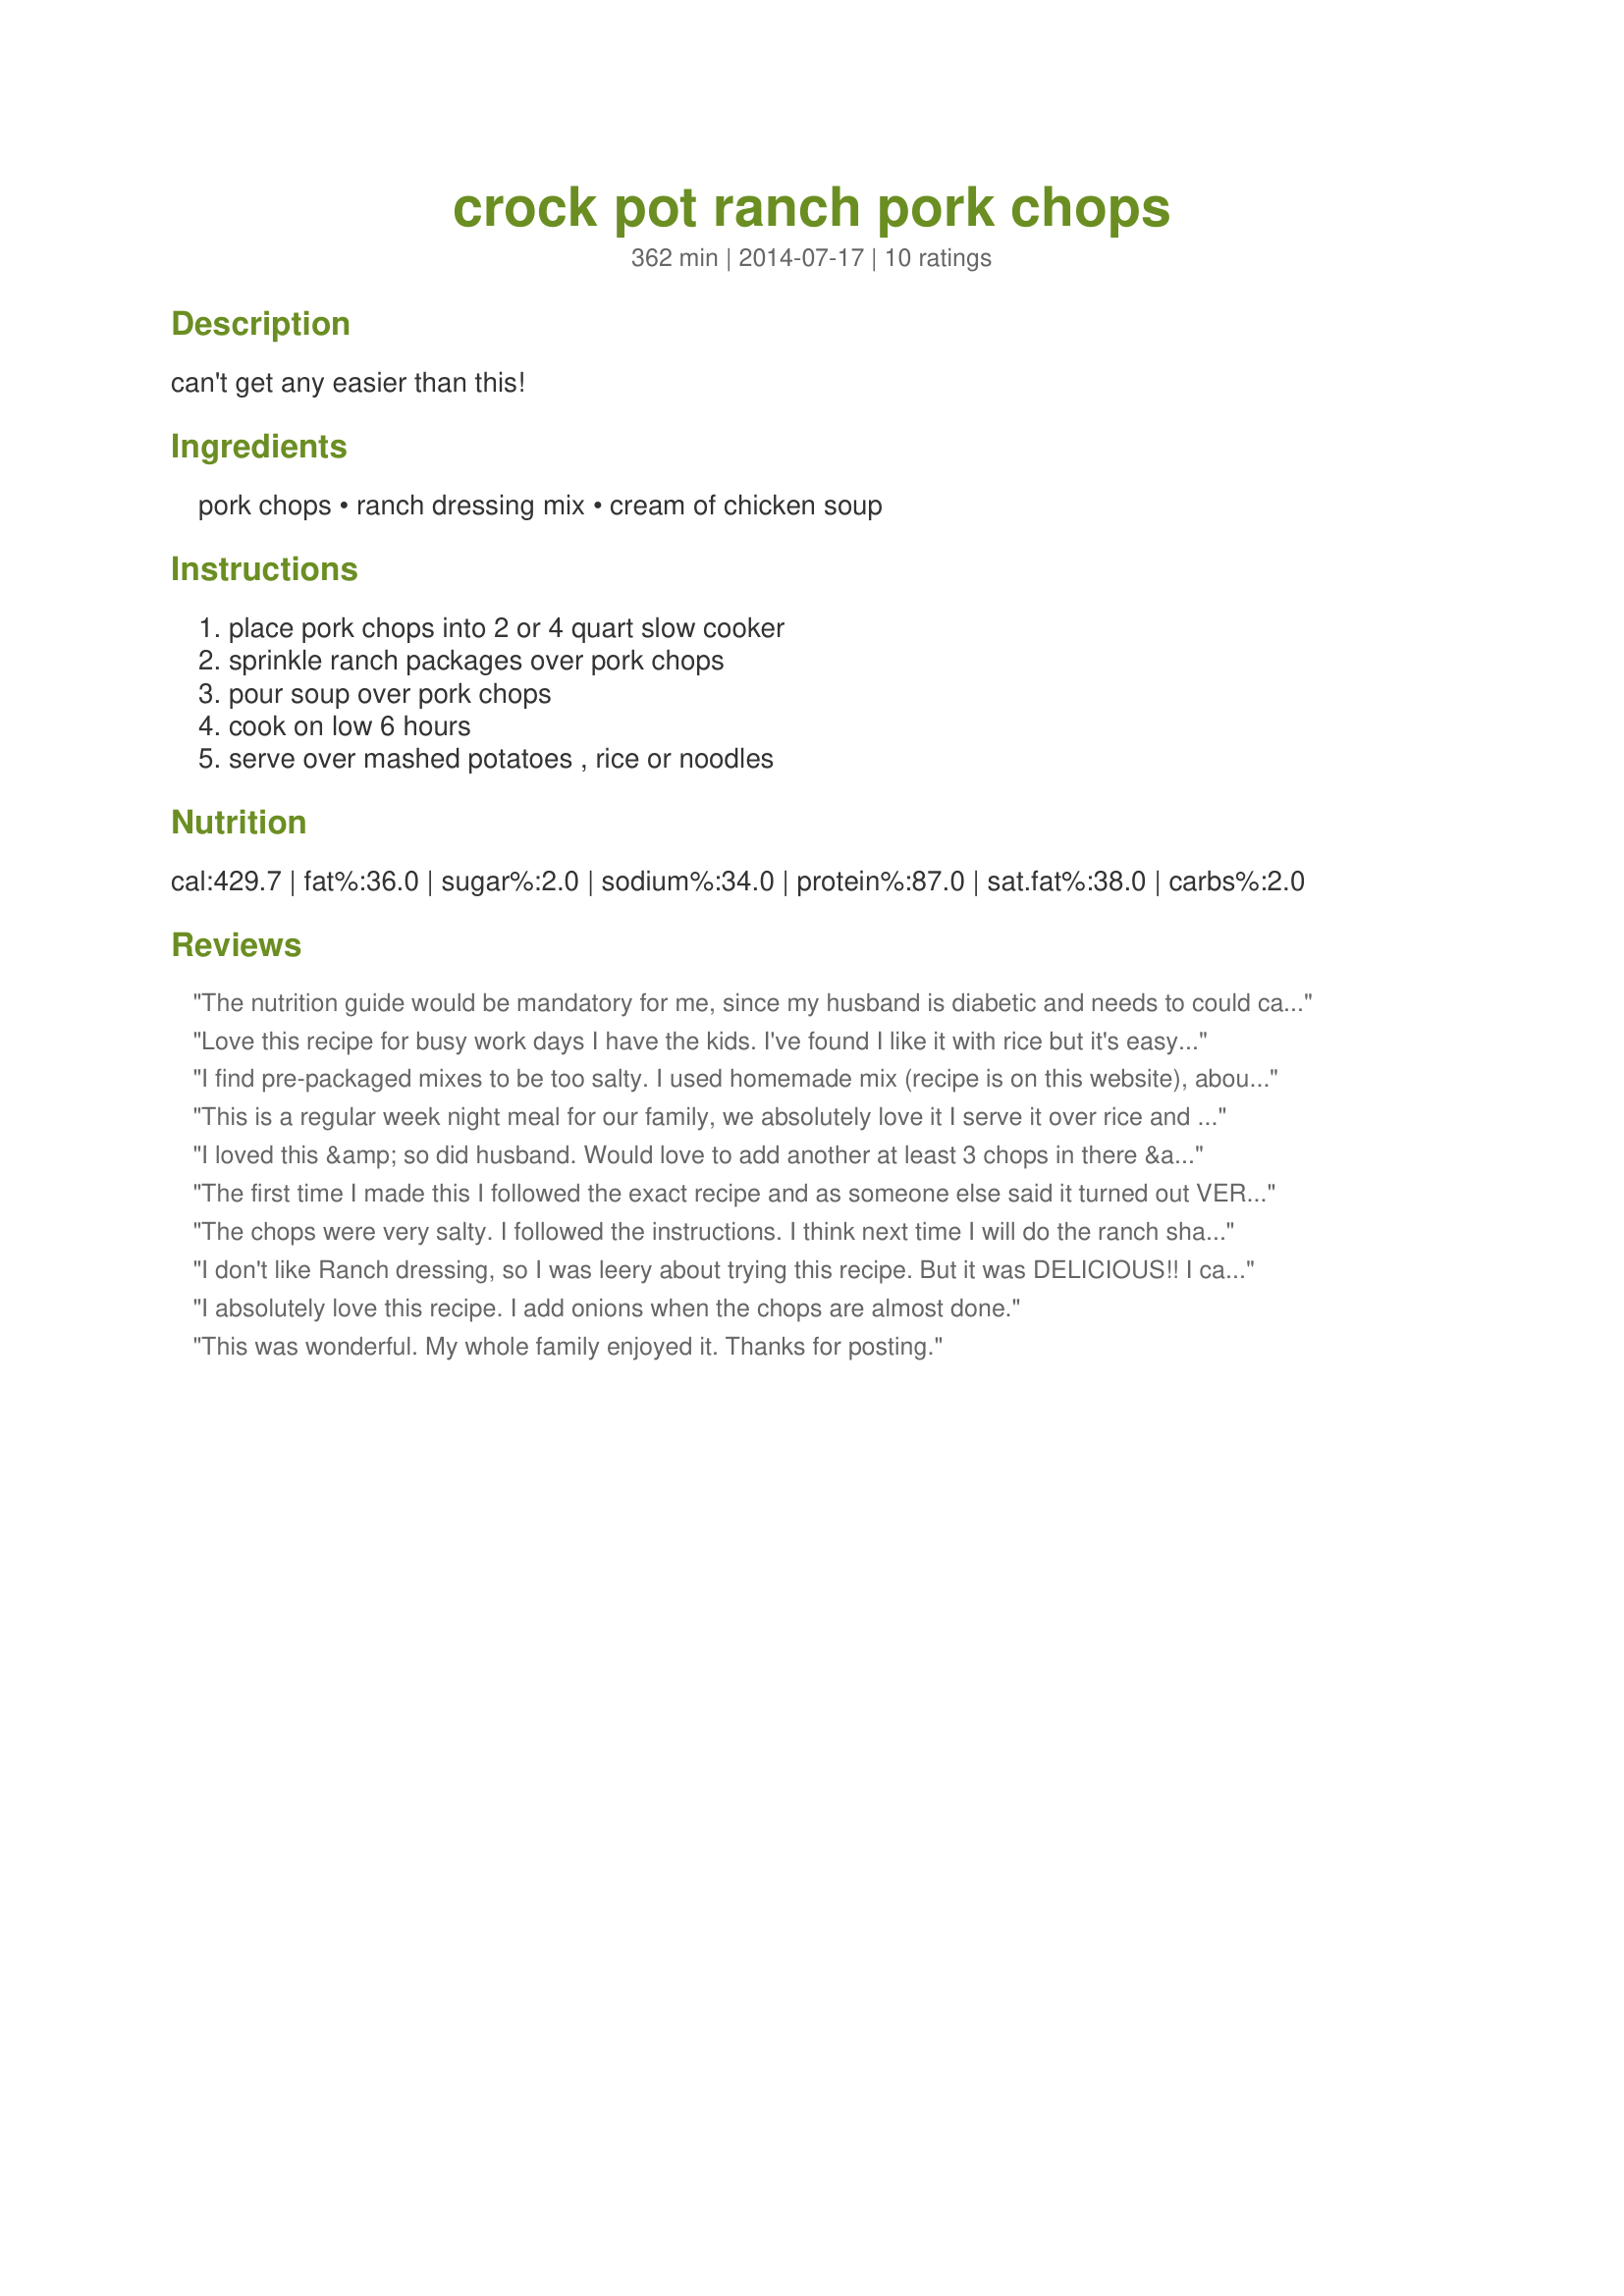
crock pot ranch pork chops
Preparation time: 362 minutes

can't get any easier than this!

Ingredients:
pork chops, ranch dressing mix, cream of chicken soup

Steps:
place pork chops into 2 or 4 quart slow cooker, sprinkle ranch packages over pork chops, pour soup over pork chops, cook on low 6 hours, serve over mashed potatoes , rice or noodles

Reviews:
The nutrition guide would be mandatory for me, since my husband is diabetic and needs to could carbs for all meals.
Love this recipe for busy work days I have the kids. I've found I like it with rice but it's easy to add the rice to it. Even without the rice the chops are very tender and tend to fall apart when removing. So just be careful on removal. Although shredding the chops with forks after it's cooked makes for a good more casserole type presentation. Good no matter how you plate it.
I find pre-packaged mixes to be too salty. I used homemade mix (recipe is on this website), about 2-3 tablespoons for 6 chops, and also used the low sodium, fat free soup mixed with a little buttermilk. (You can also make homemade condensed cream of chicken soup as it is really easy.) The chops turned out perfectly, tender and flavorful. This is one of our favorites.
This is a regular week night meal for our family, we absolutely love it I serve it over rice and use the soup as a gravy over top my kids love it!
I loved this &amp; so did husband. Would love to add another at least 3 chops in there &amp; wondering if I should add one more packet &amp; one more can of soup? We love mushrooms too so thinking about adding some with some onions
The first time I made this I followed the exact recipe and as someone else said it turned out VERY salty. We decided to try it again with some low sodium (heart healthy version) of the cream of chicken soup and it turned out awesome.
The chops were very salty. I followed the instructions. I think next time I will do the ranch shake n bake.
I don't like Ranch dressing, so I was leery about trying this recipe. But it was DELICIOUS!! I can't wait to make it again. But I think I'll add mushrooms this time.
I absolutely love this recipe. I add onions when the chops are almost done.
This was wonderful. My whole family enjoyed it. Thanks for posting.
